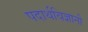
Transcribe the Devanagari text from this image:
पदार्थविज्ञानी